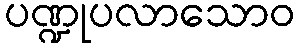
ပဏ္ဍုပလာသောဝ